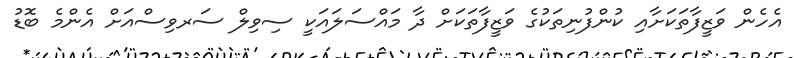
އެހެން ވަޒީފާތަކަށާއި ކުންފުނިތަކުގެ ވަޒީފާތަކަށް ދާ މައްސަލައަކީ ސިވިލް ސަރވިސްއަށް އެންމެ ބޮޑު